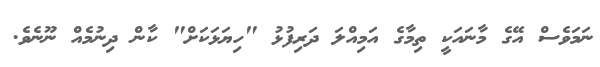
ނަމަވެސް އޭގެ މާނައަކީ ތިމާގެ އަމިއްލަ ދަރިފުޅު "ހިޔަޅަކަށް" ކާން ދިނުމެއް ނޫނެވެ.